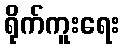
ရိုက်ကူးရေး